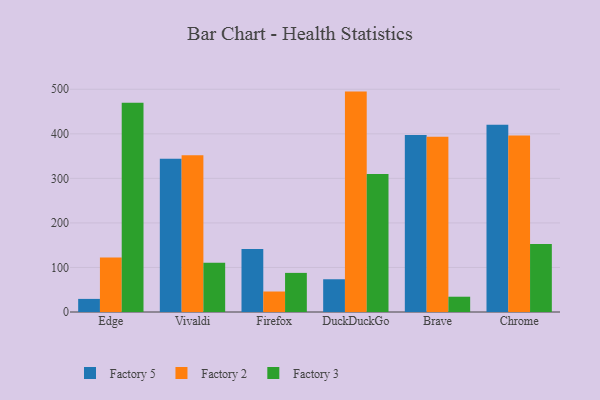
{"axis": {"x": "Browser", "y": "Net Income (USD K)"}, "legend": ["Factory 2", "Factory 3", "Factory 5"], "data": [{"x": "Edge", "y": 29.4, "type": "Factory 5"}, {"x": "Edge", "y": 122.5, "type": "Factory 2"}, {"x": "Edge", "y": 469.5, "type": "Factory 3"}, {"x": "Vivaldi", "y": 344.0, "type": "Factory 5"}, {"x": "Vivaldi", "y": 352.0, "type": "Factory 2"}, {"x": "Vivaldi", "y": 110.7, "type": "Factory 3"}, {"x": "Firefox", "y": 141.5, "type": "Factory 5"}, {"x": "Firefox", "y": 46.0, "type": "Factory 2"}, {"x": "Firefox", "y": 87.8, "type": "Factory 3"}, {"x": "DuckDuckGo", "y": 73.5, "type": "Factory 5"}, {"x": "DuckDuckGo", "y": 494.8, "type": "Factory 2"}, {"x": "DuckDuckGo", "y": 310.0, "type": "Factory 3"}, {"x": "Brave", "y": 397.1, "type": "Factory 5"}, {"x": "Brave", "y": 393.6, "type": "Factory 2"}, {"x": "Brave", "y": 34.3, "type": "Factory 3"}, {"x": "Chrome", "y": 420.2, "type": "Factory 5"}, {"x": "Chrome", "y": 396.5, "type": "Factory 2"}, {"x": "Chrome", "y": 152.8, "type": "Factory 3"}]}